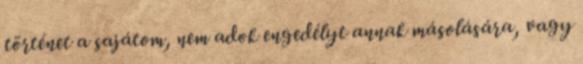
történet a sajátom, nem adok engedélyt annak másolására, vagy